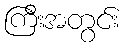
ကြီးအတွင်း